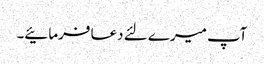
آپ میرے لئے دعا فرمائیے۔